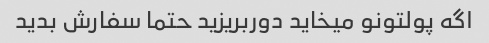
اگه پولتونو میخاید دور‌بریزید حتما سفارش بدید